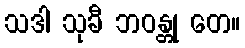
သဒါ သုခီ ဘဝန္တု တေ။